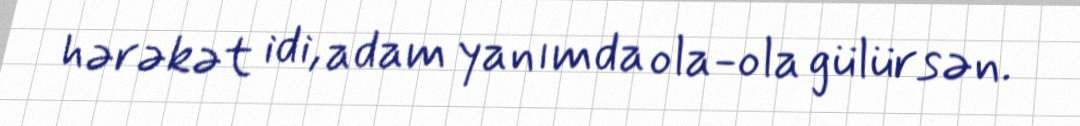
hərəkət idi, adam yanımda ola-ola gülürsən.